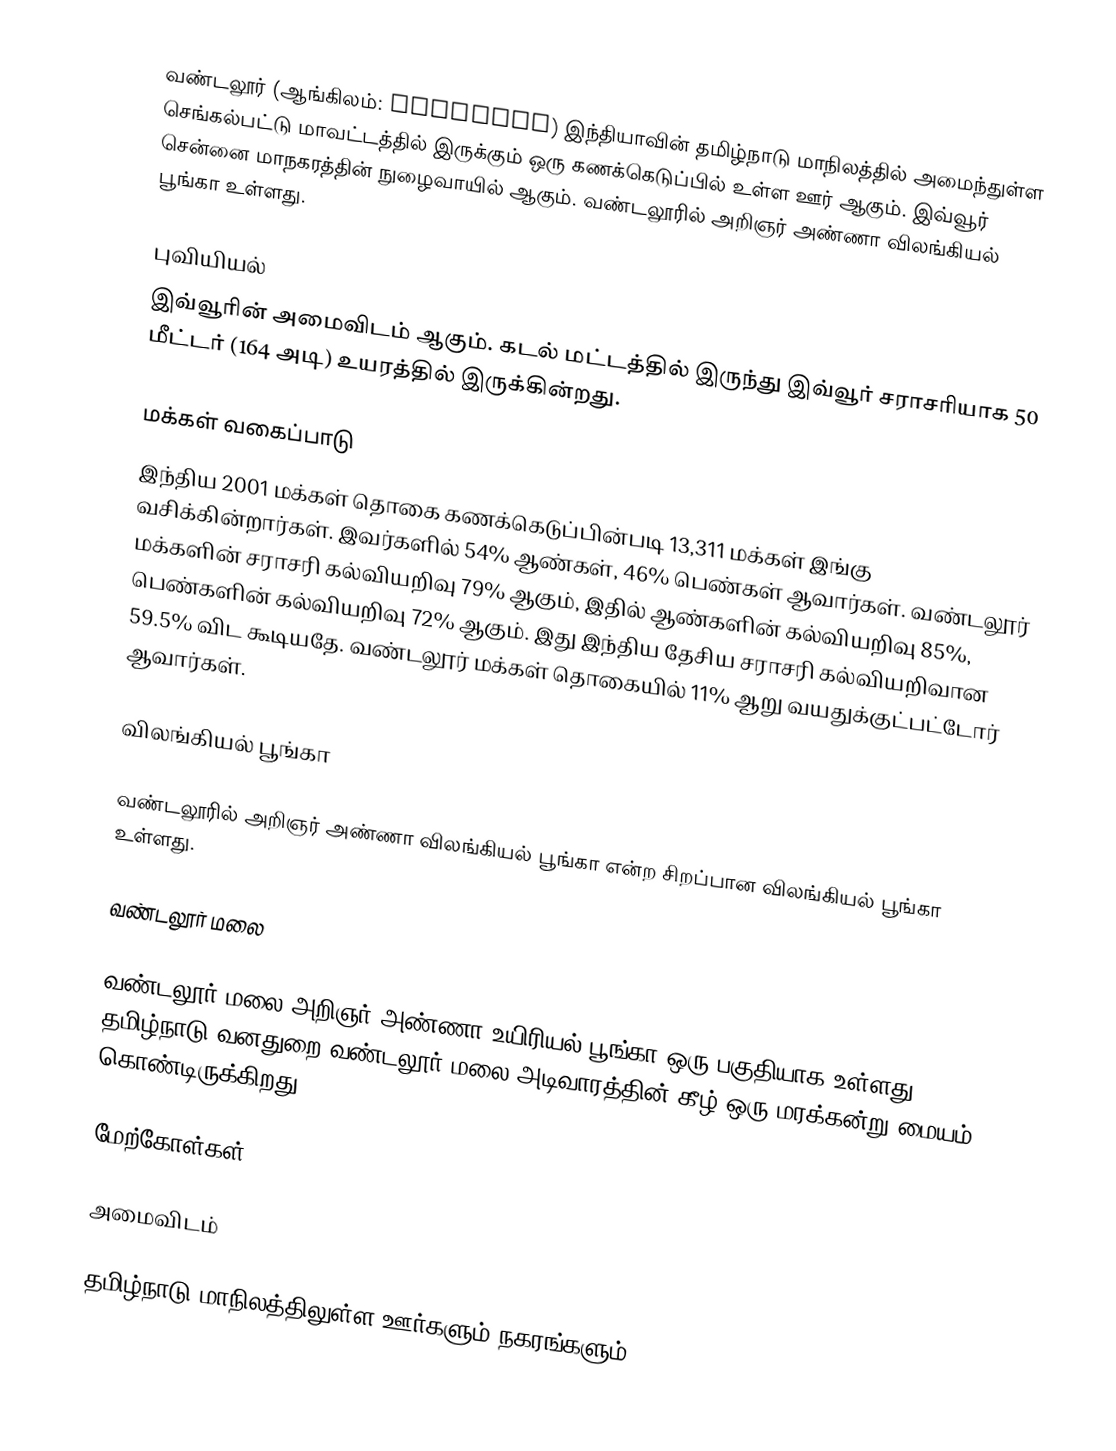
வண்டலூர் (ஆங்கிலம்: Vandalur) இந்தியாவின் தமிழ்நாடு மாநிலத்தில் அமைந்துள்ள செங்கல்பட்டு மாவட்டத்தில் இருக்கும் ஒரு கணக்கெடுப்பில் உள்ள ஊர் ஆகும். இவ்வூர் சென்னை மாநகரத்தின் நுழைவாயில் ஆகும். வண்டலூரில் அறிஞர் அண்ணா விலங்கியல் பூங்கா உள்ளது.

புவியியல்
இவ்வூரின் அமைவிடம்  ஆகும். கடல் மட்டத்தில் இருந்து இவ்வூர் சராசரியாக 50 மீட்டர் (164 அடி) உயரத்தில் இருக்கின்றது.

மக்கள் வகைப்பாடு
இந்திய 2001 மக்கள் தொகை கணக்கெடுப்பின்படி 13,311 மக்கள் இங்கு வசிக்கின்றார்கள். இவர்களில் 54% ஆண்கள், 46% பெண்கள் ஆவார்கள். வண்டலூர் மக்களின் சராசரி கல்வியறிவு 79% ஆகும், இதில் ஆண்களின் கல்வியறிவு 85%, பெண்களின் கல்வியறிவு 72% ஆகும். இது இந்திய தேசிய சராசரி கல்வியறிவான 59.5% விட கூடியதே. வண்டலூர் மக்கள் தொகையில் 11% ஆறு வயதுக்குட்பட்டோர் ஆவார்கள்.

விலங்கியல் பூங்கா

வண்டலூரில் அறிஞர் அண்ணா விலங்கியல் பூங்கா என்ற சிறப்பான விலங்கியல் பூங்கா உள்ளது.

வண்டலூர் மலை

வண்டலூர் மலை அறிஞர் அண்ணா உயிரியல் பூங்கா ஒரு பகுதியாக உள்ளது. தமிழ்நாடு வனதுறை வண்டலூர் மலை அடிவாரத்தின் கீழ் ஒரு மரக்கன்று மையம் கொண்டிருக்கிறது.

மேற்கோள்கள்

அமைவிடம்

தமிழ்நாடு மாநிலத்திலுள்ள ஊர்களும் நகரங்களும்